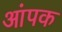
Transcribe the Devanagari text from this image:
आंपक